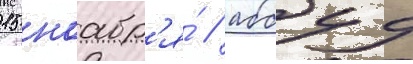
15 ноабр'я́ / аббуд